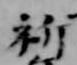
祈